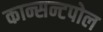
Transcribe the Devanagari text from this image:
कान्सन्टपोल